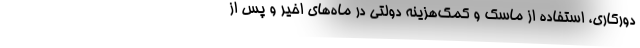
دورکاری، استفاده از ماسک و کمک‌هزینه دولتی در ماه‌های اخیر و پس از